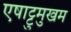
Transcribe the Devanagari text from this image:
एषाट्टुमुखम